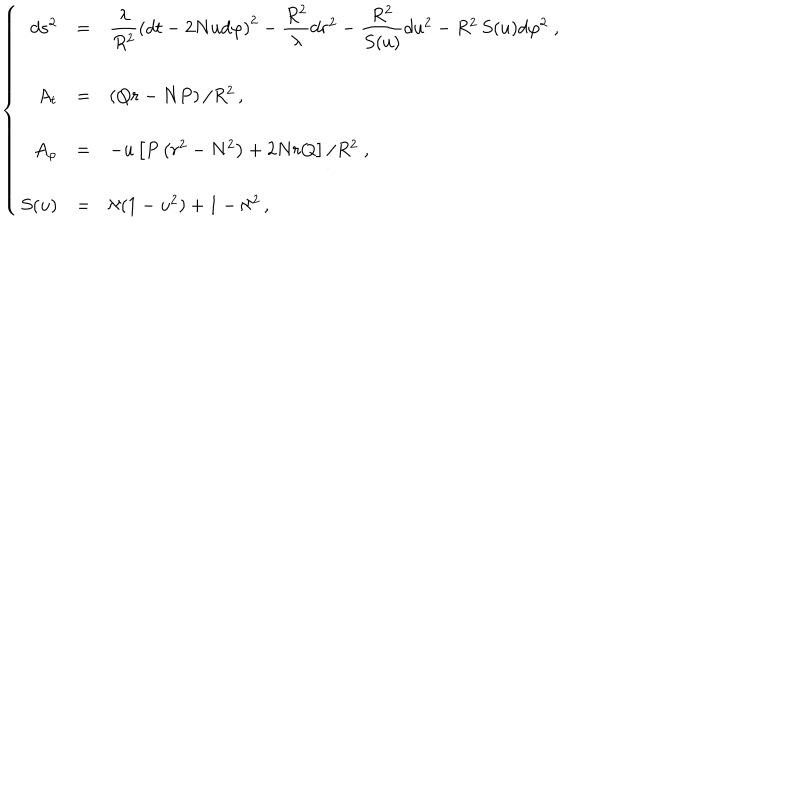
\left\{ \begin{array} { r c l } { { d s ^ { 2 } } } & { { = } } & { { { \displaystyle \frac { \lambda } { R ^ { 2 } } } \left( d t - 2 N u d \varphi \right) ^ { 2 } - { \displaystyle \frac { R ^ { 2 } } { \lambda } } d r ^ { 2 } - { \displaystyle \frac { R ^ { 2 } } { S ( u ) } } d u ^ { 2 } - R ^ { 2 } \, S ( u ) d \varphi ^ { 2 } \; , } } \\ { { } } & { { } } & { { } } \\ { { A _ { t } } } & { { = } } & { { \left( Q r - N P \right) / R ^ { 2 } \, , } } \\ { { } } & { { } } & { { } } \\ { { A _ { \varphi } } } & { { = } } & { { - u \left[ P \left( r ^ { 2 } - N ^ { 2 } \right) + 2 N r Q \right] / R ^ { 2 } \; , } } \\ { { } } & { { } } & { { } } \\ { { S ( u ) } } & { { = } } & { { \aleph ( 1 - u ^ { 2 } ) + 1 - \aleph ^ { 2 } \, , } } \\ \end{array} \right.